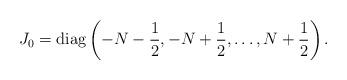
LaTeX: \begin{gather*}J_0=\operatorname{diag} \left(-N-\frac12, -N+\frac12, \ldots, N+\frac12\right).\end{gather*}